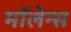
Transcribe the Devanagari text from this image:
मॉलेन्स